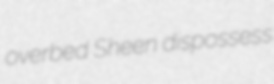
overbed Sheen dispossess